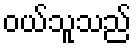
ဝယ်သူသည်